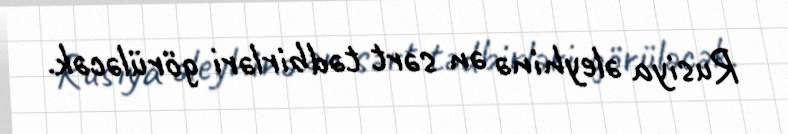
Rusiya əleyhinə ən sərt tədbirləri görüləcək.